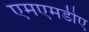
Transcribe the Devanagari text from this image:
एमएमडीए